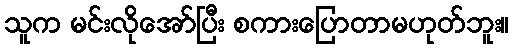
သူက မင်းလိုအော်ပြီး စကားပြောတာမဟုတ်ဘူး။